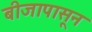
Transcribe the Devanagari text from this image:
बीजापासून